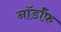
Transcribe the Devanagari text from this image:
नॉर्डॉफ़